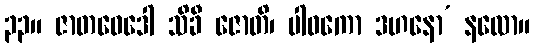
၃၃။ ဇာတဝေဒေါ သိခီ ဇောတိ၊ ပါဝကော ဒဟနော’ နလော။